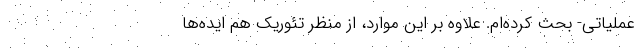
عملیاتی- بحث کرده‌ام. علاوه بر این موارد، از منظر تئوریک هم ایده‌ها